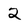
Character: 2